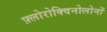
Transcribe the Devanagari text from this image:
फ़्लोरोक्विनोलोनों